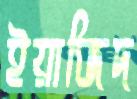
ইয়াজিদ